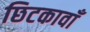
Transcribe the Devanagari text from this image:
छिटकावाँ